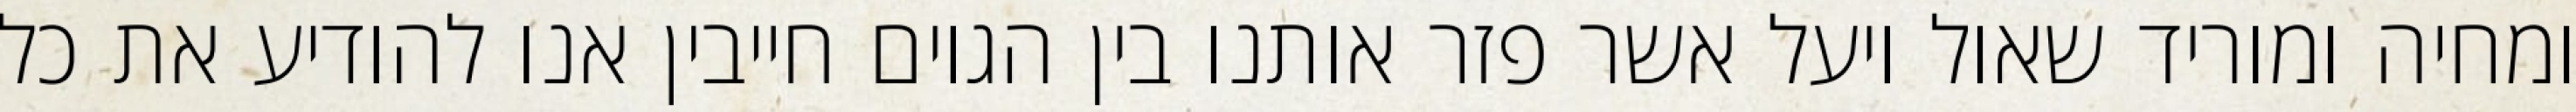
ומחיה ומוריד שאול ויעל אשר פזר אותנו בין הגוים חייבין אנו להודיע את כל